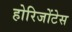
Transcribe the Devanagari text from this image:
होरिजोंटेस